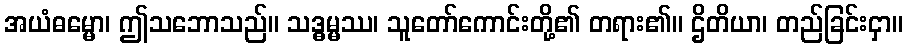
အယံဓမ္မော၊ ဤသဘောသည်။ သဒ္ဓမ္မဿ၊ သူတော်ကောင်းတို့၏ တရား၏။ ဌိတိယာ၊ တည်ခြင်းငှာ။